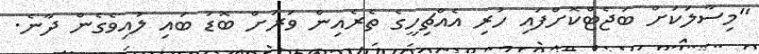
"މިސާލަކަށް ބަޖެޓްކޮށްފައި ހުރި އެއްޗިހީގެ ތެރެއިން ވަރަށް ބޮޑު ބައި ލުއިވެގެން ދާނެ.